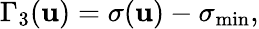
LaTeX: \Gamma_{3}(\mathbf{u})=\sigma(\mathbf{u})-\sigma_{\operatorname*{min}},